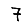
Digit: 7